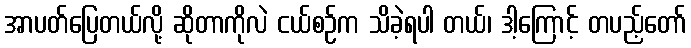
အာပတ်ပြေတယ်လို့ ဆိုတာကိုလဲ ငယ်စဉ်က သိခဲ့ရပါ တယ်၊ ဒါ့ကြောင့် တပည့်တော်